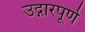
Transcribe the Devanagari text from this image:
उद्गारपूर्ण